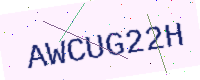
Text: AWCUG22H